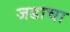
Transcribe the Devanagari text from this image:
जडाचा